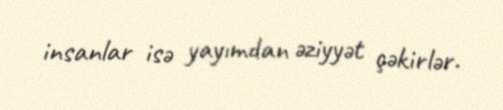
insanlar isə yayımdan əziyyət çəkirlər.